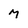
Character: m